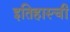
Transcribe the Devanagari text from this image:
इतिहास्ची